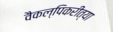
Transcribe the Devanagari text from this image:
वैकल्पिकरीत्या